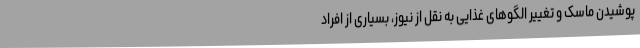
پوشیدن ماسک و تغییر الگوهای غذایی به نقل از نیوز، بسیاری از افراد